Annual administration report of the Bombay Presidency - 1887-1892
Year: 1887
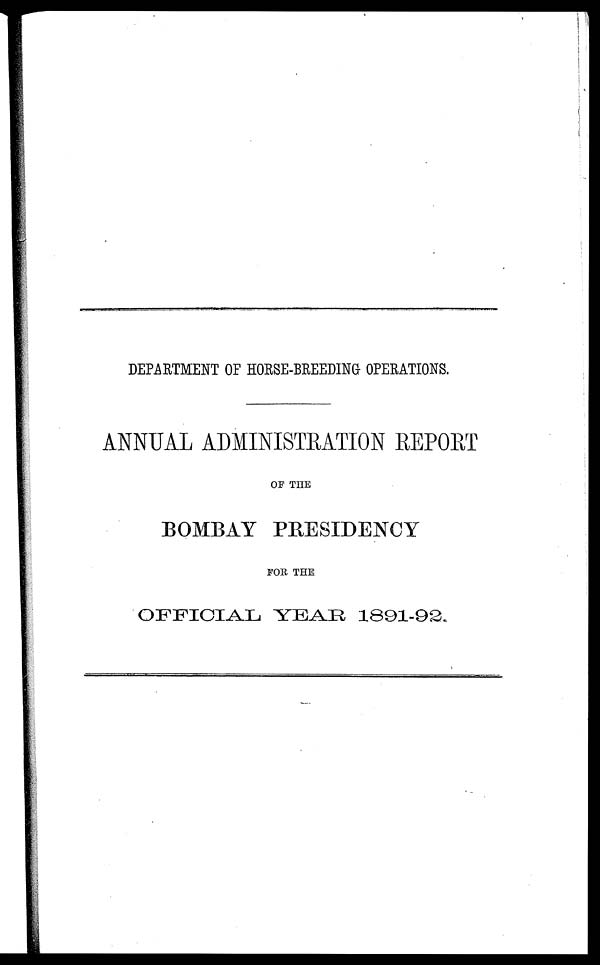
DEPARTMENT OF HORSE-BREEDING OPERATIONS.
ANNUAL ADMINISTRATION REPORT
OF THE
BOMBAY PRESIDENCY
FOR THE
OFFICIAL YEAR. 1891-92.